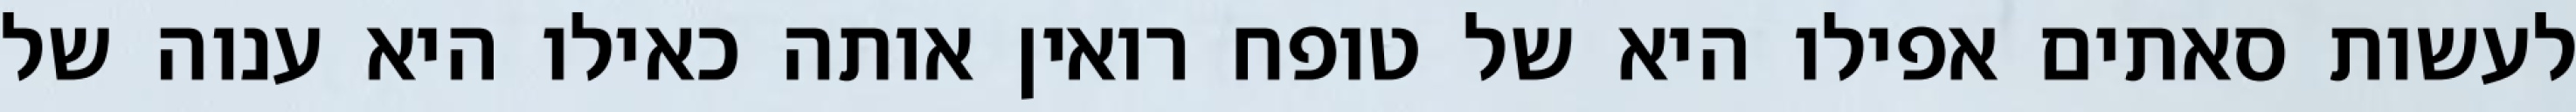
לעשות סאתים אפילו היא של טופח רואין אותה כאילו היא ענוה של